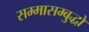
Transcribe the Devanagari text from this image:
सम्मासम्बुद्धो